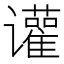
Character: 𬤰